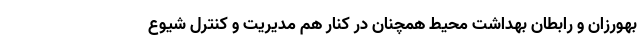
بهورزان و رابطان بهداشت محیط همچنان در کنار هم مدیریت و کنترل شیوع